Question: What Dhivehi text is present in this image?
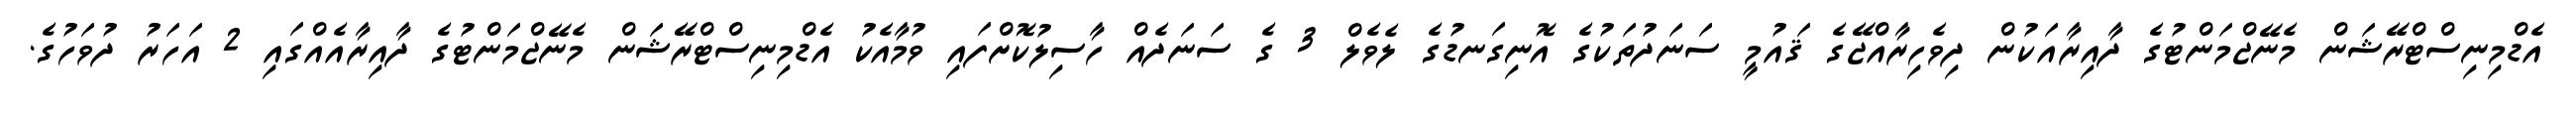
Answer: އެޑްމިނިސްޓްރޭޝަން މެނޭޖްމަންޓުގެ ދާއިރާއަކުން ދިވެހިރާއްޖޭގެ ޤައުމީ ސަނަދުތަކުގެ އޮނިގަނޑުގެ ލެވެލް 3 ގެ ސަނަދެއް ހާސިލުކޮށްފައި ވުމާއެކު އެޑްމިނިސްޓްރޭޝަން މެނޭޖްމަންޓުގެ ދާއިރާއެއްގައި 2 އަހަރު ދުވަހުގެ.